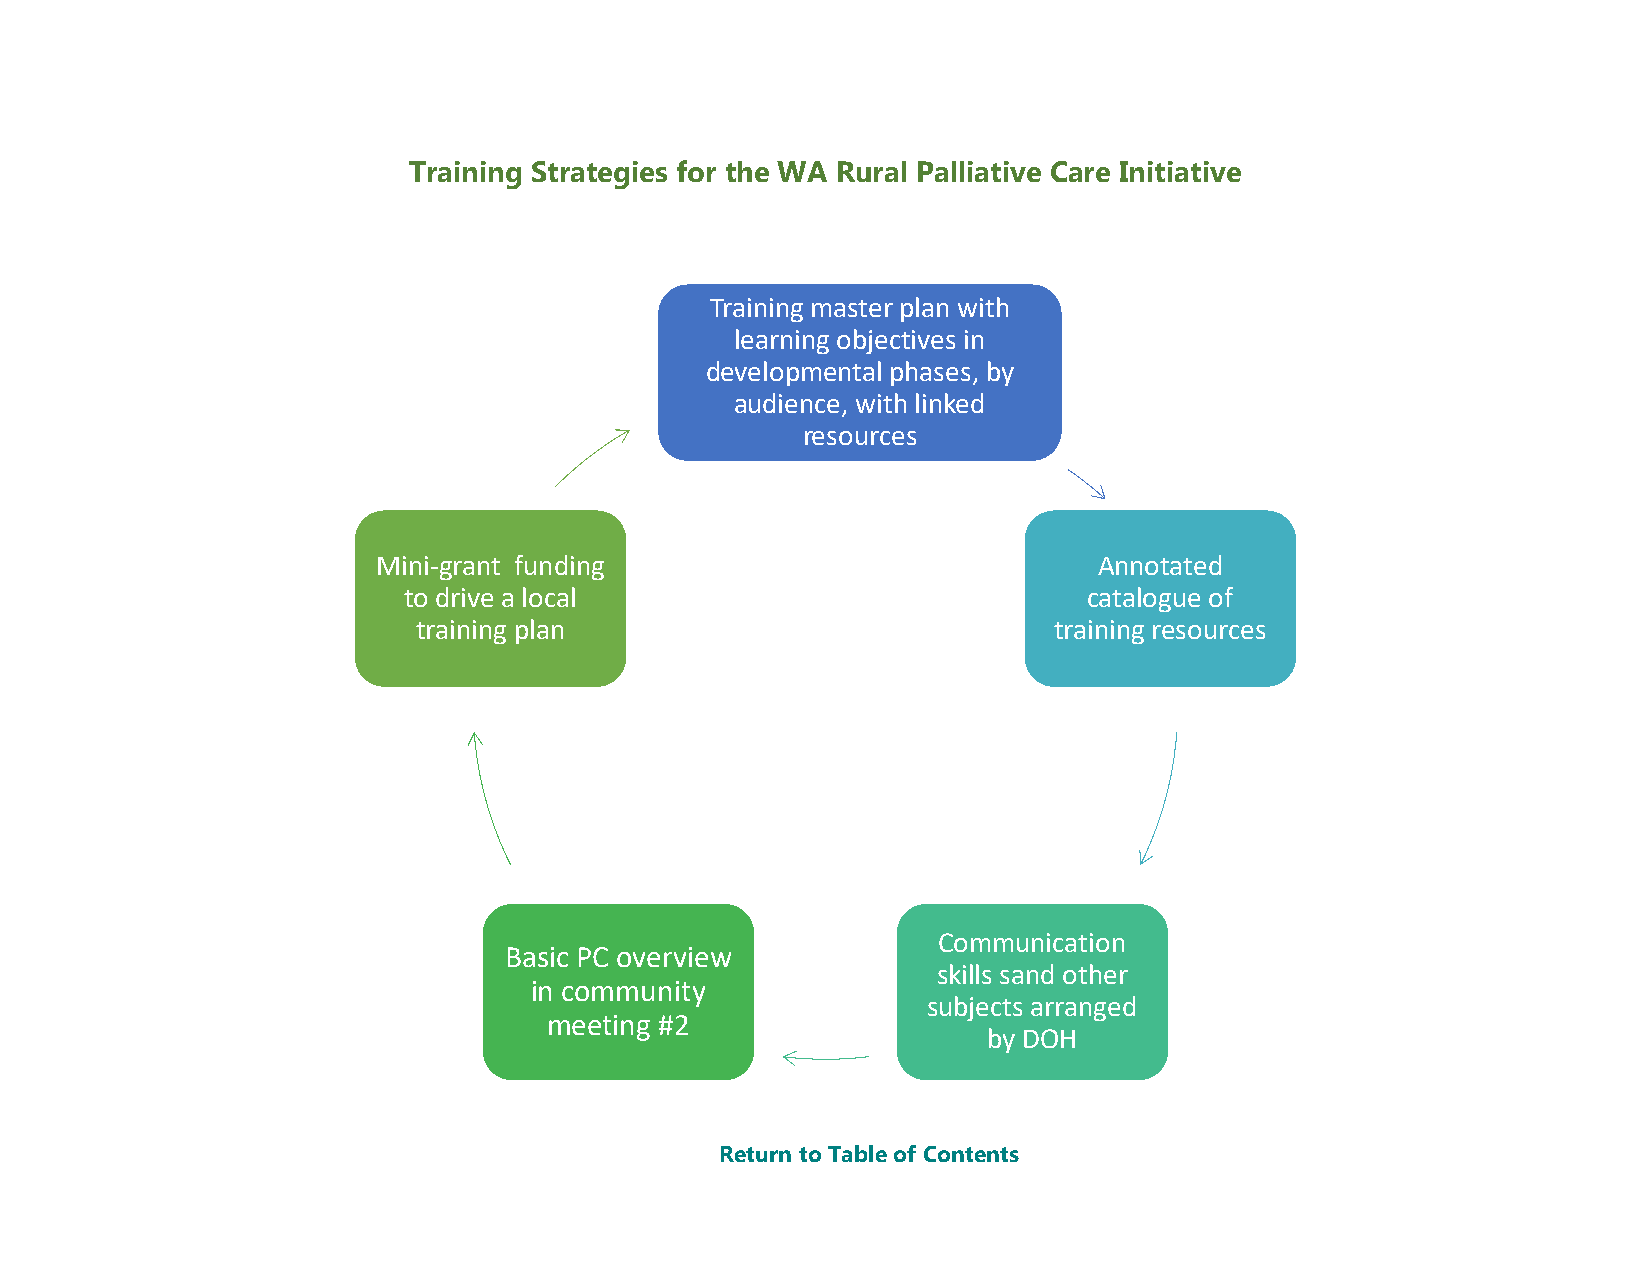
Training Strategies for the WA Rural Palliative Care Initiative
 Training master plan with
 learning objectives in
 developmental phases, by
 audience, with linked
 resources
 Mini-grant funding                              Annotated
 to drive a local                             catalogue of
 training plan                             training resources
 Communication
 Basic PC overview
 skills sand other
 in community
 subjects arranged
 meeting #2
 by DOH
 Return to Table of Contents